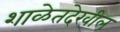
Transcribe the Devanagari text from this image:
शाळेतदेखील